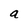
Character: a